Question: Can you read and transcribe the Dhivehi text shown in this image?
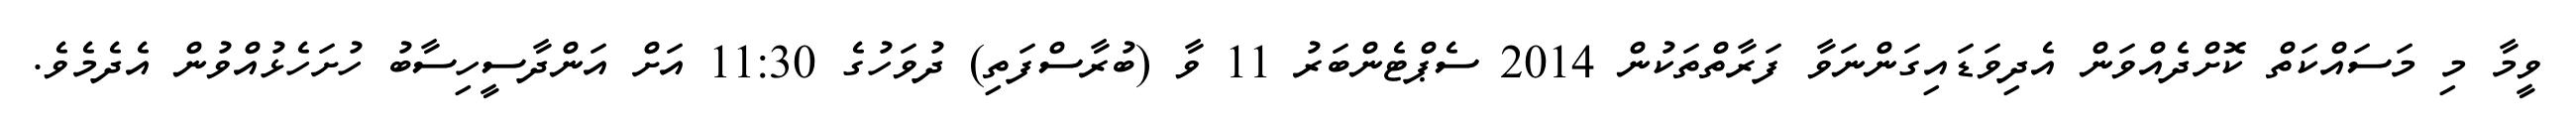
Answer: ވީމާ މި މަސައްކަތް ކޮށްދެއްވަން އެދިވަޑައިގަންނަވާ ފަރާތްތަކުން 2014 ސެޕްޓެންބަރު 11 ވާ (ބުރާސްފަތި) ދުވަހުގެ 11:30 އަށް އަންދާސީހިސާބު ހުށަހެޅުއްވުން އެދެމެވެ.